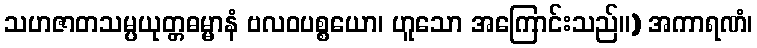
သဟဇာတသမ္ပယုတ္တဓမ္မာနံ ဗလဝပစ္စယော၊ ဟူသော အကြောင်းသည်။) အကာရဏံ၊